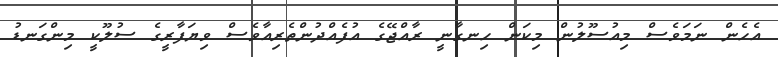
އެހެން ނަމަވެސް މިއުސޫލުން މިކަން ހިނގާނީ ރާއްޖޭގެ އުފެއްދުންތެރިއާވެސް ވިޔަފާރީގެ ސުލޫކީ މިންގަނޑު